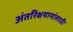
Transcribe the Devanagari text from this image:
अंतरिक्षयानांसाठी